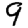
Digit: 9